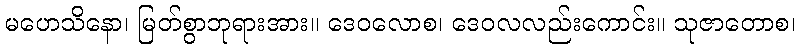
မဟေသိနော၊ မြတ်စွာဘုရားအား။ ဒေဝလောစ၊ ဒေဝလလည်းကောင်း။ သုဇာတောစ၊